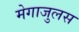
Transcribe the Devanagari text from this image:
मेगाजुलस